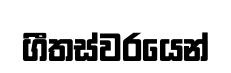
ගීතස්වරයෙන්